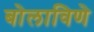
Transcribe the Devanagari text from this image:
बोलाविणे